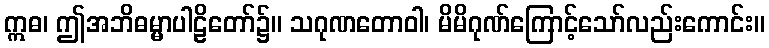
ဣဓ၊ ဤအဘိဓမ္မာပါဠိတော်၌။ သဂုဏတောဝါ၊ မိမိဂုဏ်ကြောင့်သော်လည်းကောင်း။